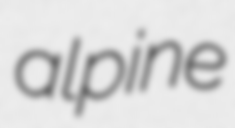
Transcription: alpine